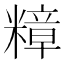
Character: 𮵽